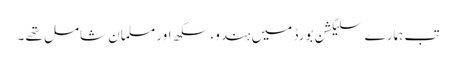
تب ہمارے سلیکشن بورڈ میں ہندو، سکھ اور مسلمان شامل تھے ۔